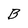
Character: B